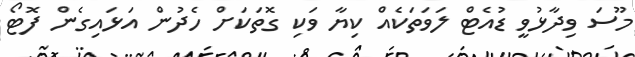
މޫސަ ވިދާޅުވީ ޑުއެޓް ލަވަތަކެއް ކިޔާ ވަކި ގޮތަކަށް ހެދުން އަޅައިގެން ފޮޓޯ